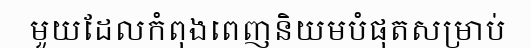
មួយដែលកំពុងពេញនិយមបំផុតសម្រាប់